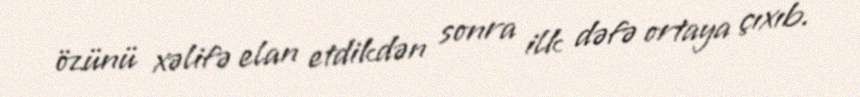
özünü xəlifə elan etdikdən sonra ilk dəfə ortaya çıxıb.